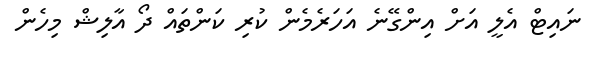
ނައިޓް އެލީ އަށް އިންގޭނެ އަހަރެމެން ކުރި ކަންތައް ދޯ އާލިޝް މިހެން